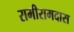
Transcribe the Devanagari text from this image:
रामीरामदास